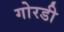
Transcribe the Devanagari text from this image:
गोरडी